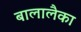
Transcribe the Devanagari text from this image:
बालालैका